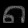
Digit: ၈